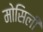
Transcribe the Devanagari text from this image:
मोसिली